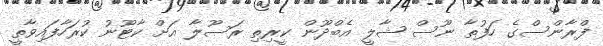
ފްރާންސްގެ ހަފުތާ ނޫސް ޝާލީ އެބްދޫން ކީރިތި ރަސޫލާ އަށް ކާޓޫނު ކުރަހާފައިވާތީ